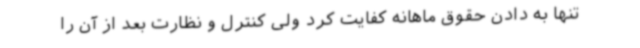
تنها به دادن حقوق ماهانه کفایت کرد ولی کنترل و نظارت بعد از آن را